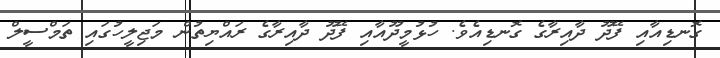
ގޮނޑިއާއި ފޭދޫ ދާއިރާގެ ގޮނޑިއެވެ. ހުޅުމީދޫއާއި ފޭދޫ ދާއިރާގެ ރައްޔިތުން މަޖިލީހުގައި ތަމްސީލް